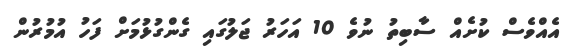
އެއްވެސް ކުށެއް ސާބިތު ނުވެ 10 އަހަރު ޖަލުގައި ގެންގުޅުމަށް ފަހު އުމުރުން